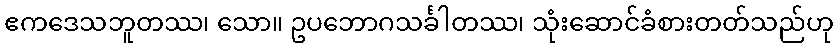
ဧကဒေသဘူတဿ၊ သော။ ဥပဘောဂသင်္ခါတဿ၊ သုံးဆောင်ခံစားတတ်သည်ဟု